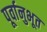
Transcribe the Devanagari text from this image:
पूर्वानुभूत